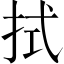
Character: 拭